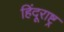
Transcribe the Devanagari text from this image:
हिंदूराष्ट्र